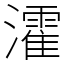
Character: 瀖